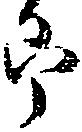
郎